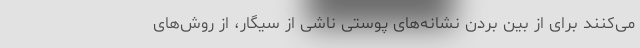
می‌کنند برای از بین بردن نشانه‌های پوستی ناشی از سیگار، از روش‌های